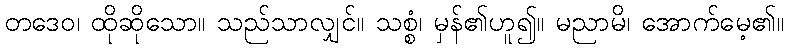
တဒေဝ၊ ထိုဆိုသော။ သည်သာလျှင်။ သစ္စံ၊ မှန်၏ဟူ၍။ မညာမိ၊ အောက်မေ့၏။